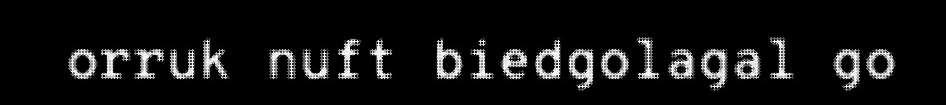
orruk nuft biedgolagal go